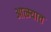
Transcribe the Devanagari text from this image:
आत्म्यात